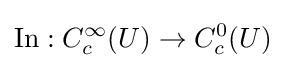
\operatorname {In} :C_{c}^{\infty }(U)\to C_{c}^{0}(U)